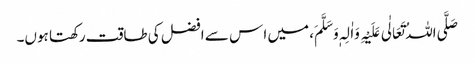
صَلَّی اللہُ تَعَالٰی عَلَیْہِ وَاٰلِہٖ وَسَلَّمَ، میں ا س سے افضل کی طاقت رکھتا ہوں۔